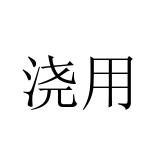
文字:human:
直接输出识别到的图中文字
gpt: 浇用